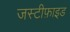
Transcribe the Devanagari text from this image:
जस्टीफ़ाइड